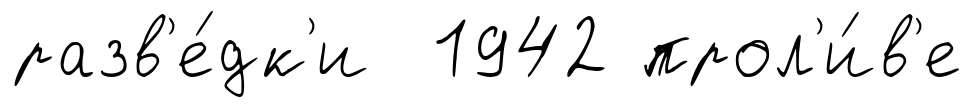
разв'е́дк'и 1942 прол'и́в'е